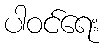
ပါဝင်ရေး